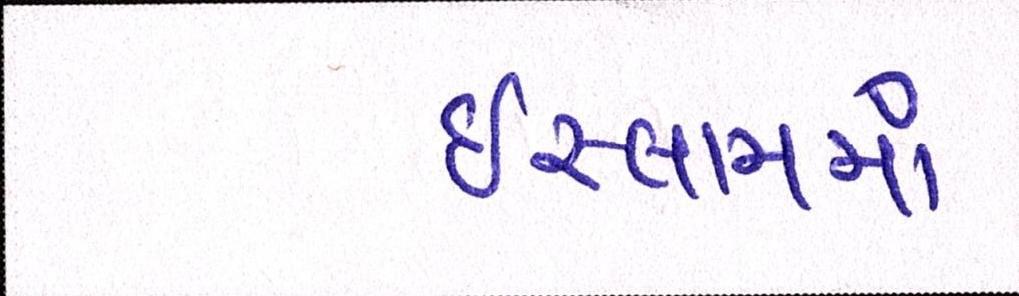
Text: ઇસ્લામમાં